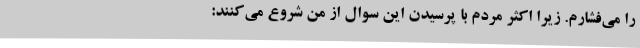
را می‌فشارم. زیرا اکثر مردم با پرسیدن این سوال از من شروع می‌کنند: